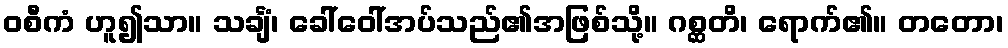
ဝစီကံ ဟူ၍သာ။ သင်္ချံ၊ ခေါ်ဝေါ်အပ်သည်၏အဖြစ်သို့။ ဂစ္ဆတိ၊ ရောက်၏။ တတော၊